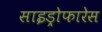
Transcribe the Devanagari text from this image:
साइड्रोफारेस